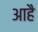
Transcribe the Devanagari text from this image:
आहै